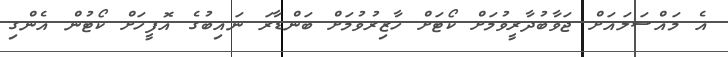
އެ މައްސަލައަށް ޖަވާބުދާރީވުމަށް ކޯޓަށް ހާޒިރުވުމަށް ބަންޑާރަ ނައިބުގެ އޮފީހަށް ކޯޓުން އެންގި